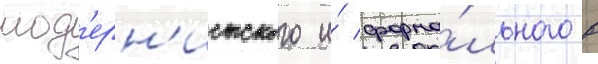
мод'ерн'истского и́ форма́льного в